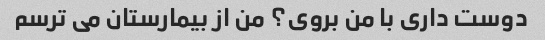
دوست داری با من بروی؟ من از بیمارستان می ترسم